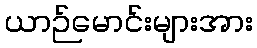
ယာဉ်မောင်းများအား